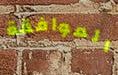
الموافقة